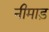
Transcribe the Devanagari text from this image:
नीमाड़